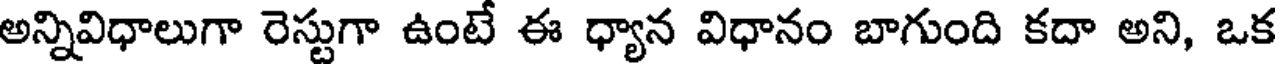
అన్నివిధాలుగా రెస్టుగా ఉంటే ఈ ధ్యాన విధానం బాగుంది కదా అని, ఒక